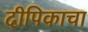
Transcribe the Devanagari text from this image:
दीपिकाचा